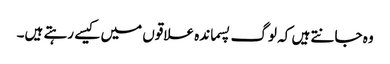
وہ جانتے ہیں کہ لوگ پسماندہ علاقوں میں کیسے رہتے ہیں۔